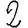
Digit: 2